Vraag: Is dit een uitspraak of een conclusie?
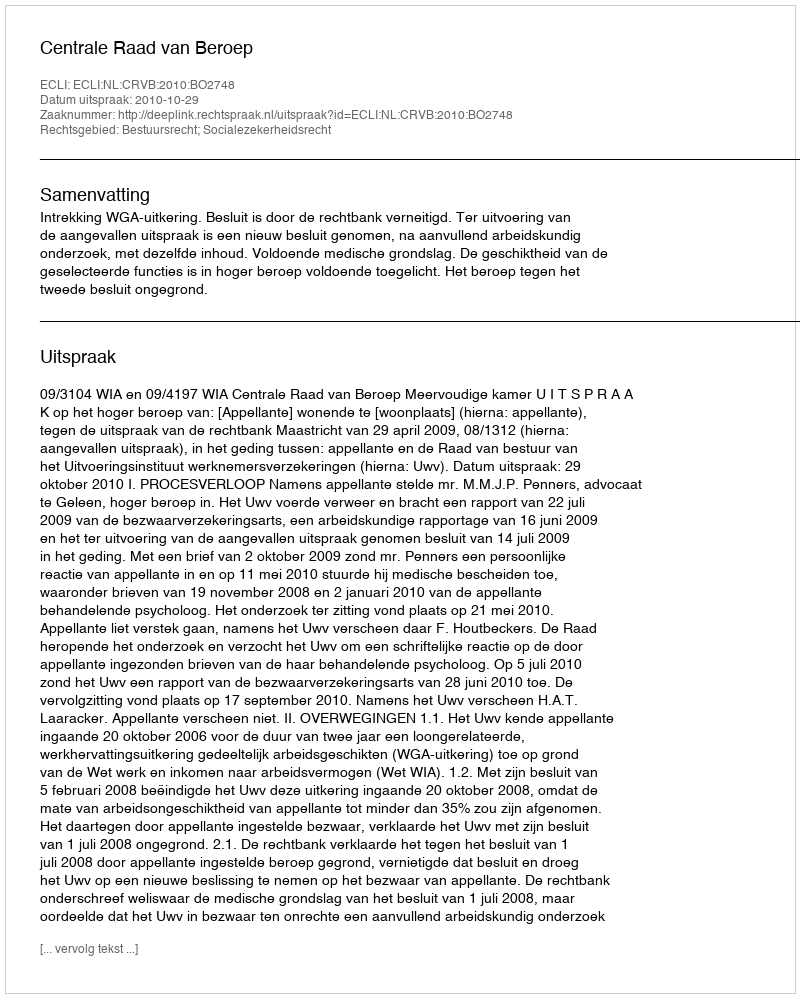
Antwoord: Uitspraak